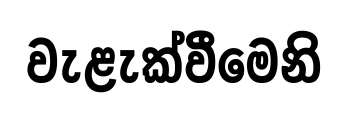
වැළැක්වීමෙනි